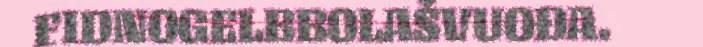
FIDNOGELBBOLAŠVUOĐA.